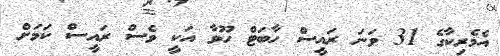
އެމެރިކާގެ 31 ވަނަ ރައީސް ހާބަޓް ހޫވާ އަކީ ވެސް ރައީސް ކަމަށް